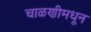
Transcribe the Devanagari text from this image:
चाळणीमधून